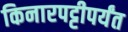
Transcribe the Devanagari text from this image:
किनारपट्टीपर्यंत